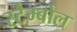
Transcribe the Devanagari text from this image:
स्टैम्बोल